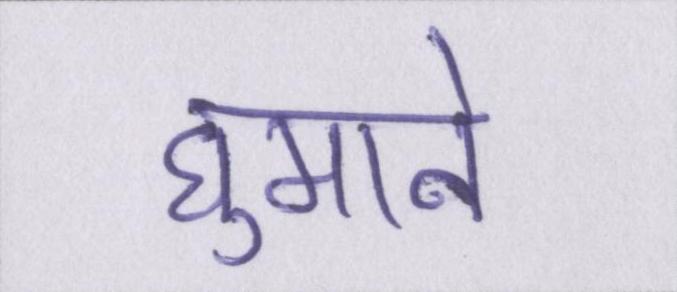
घुमाने